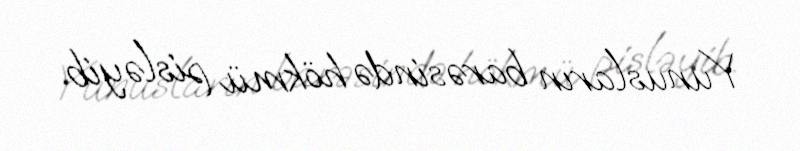
Yunusların barəsində hökmü pisləyib.